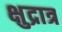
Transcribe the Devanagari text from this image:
क्षुद्रात्र